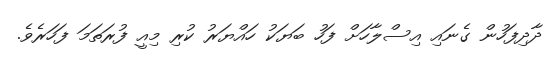
ދާދިފަހުން ގެނައި އިސްލާހަށް ފަހު ބަޔަކު ހައްޔަރު ކުރި މިއީ ފުރަތަމަ ފަހަރެވެ.